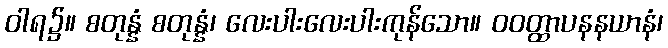
ဝါရ၌။ စတုန္နံ စတုန္နံ၊ လေးပါးလေးပါးကုန်သော။ ဝဝတ္ထာပနနယာနံ၊